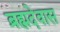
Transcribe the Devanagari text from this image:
ब्रह्मदेवास